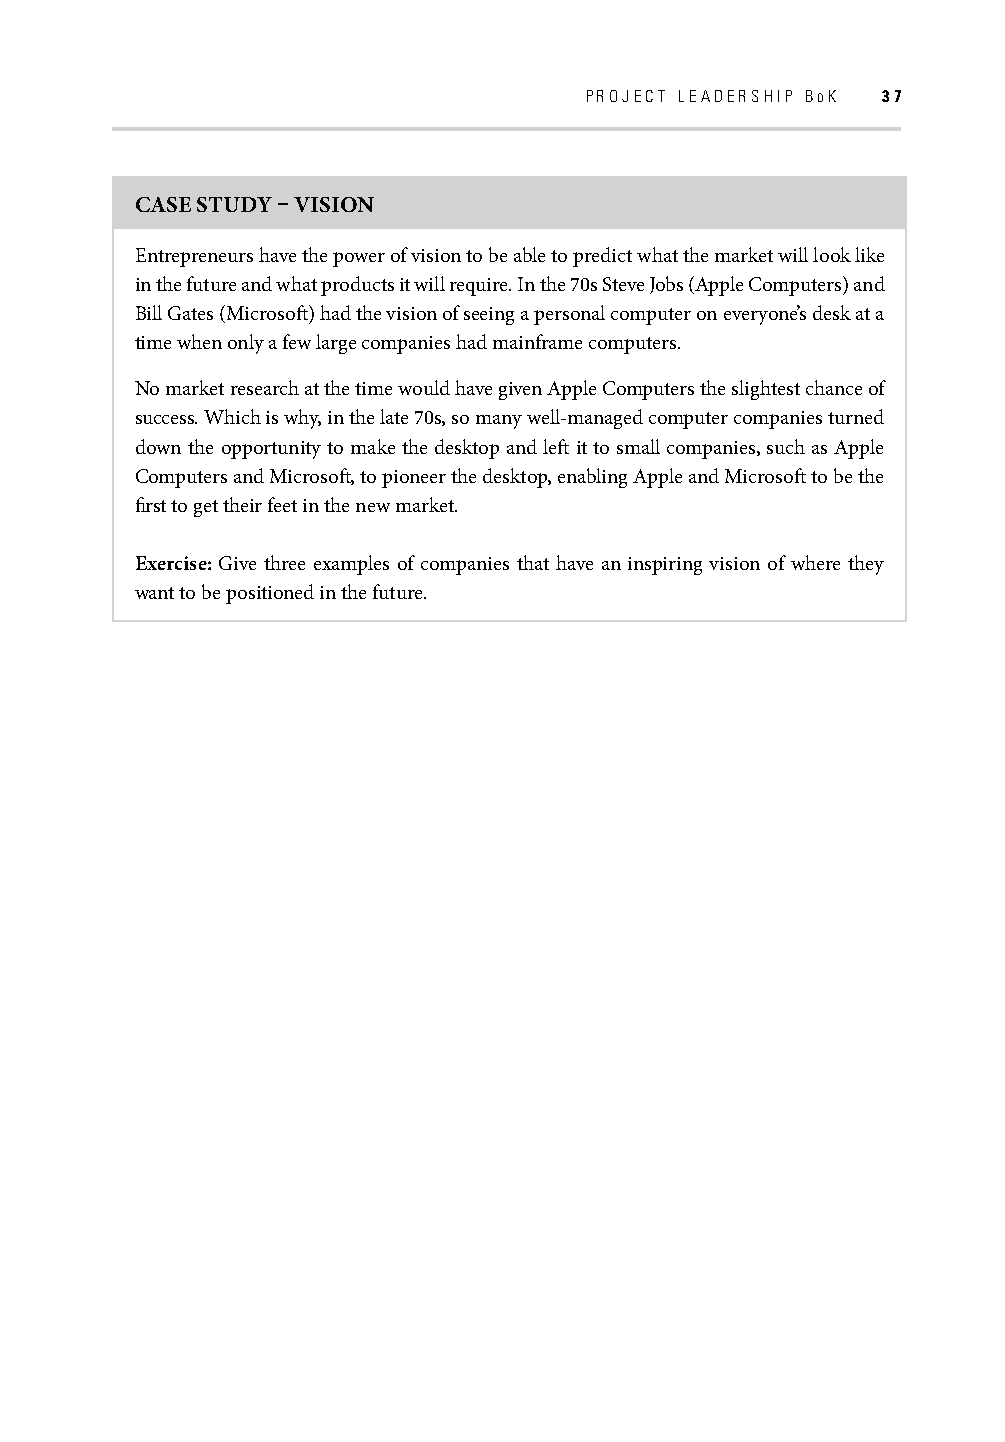
PROJECT LEADERSHIP BOK 37
 CASE STUDY – VISION
 Entrepreneurs have the power of vision to be able to predict what the market will look like
 in the future and what products it will require. In the 70s Steve Jobs (Apple Computers) and
 Bill Gates (Microsoft ) had the vision of seeing a personal computer on everyone’s desk at a
 time when only a few large companies had mainframe computers.
 No market research at the time would have given Apple Computers the slightest chance of
 success. Which is why, in the late 70s, so many well-managed computer companies turned
 down the opportunity to make the desktop and left it to small companies, such as Apple
 Computers and Microsoft , to pioneer the desktop, enabling Apple and Microsoft to be the
 fi rst to get their feet in the new market.
 Exercise: Give three examples of companies that have an inspiring vision of where they
 want to be positioned in the future.